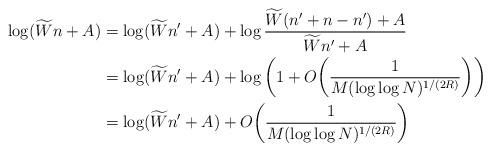
LaTeX: \begin{align*}\log (\widetilde W n+ A) &= \log (\widetilde W n'+ A) + \log \frac{\widetilde W (n' + n - n') + A}{\widetilde W n'+ A} \\&= \log (\widetilde W n'+ A) + \log \bigg(1 + O\bigg( \frac{1}{M(\log \log N)^{1/(2R)}} \bigg) \bigg) \\&= \log (\widetilde W n'+ A) + O\bigg( \frac{1}{M(\log \log N)^{1/(2R)}} \bigg)\\\end{align*}